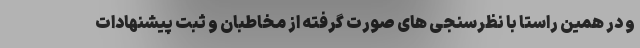
و در همین راستا با نظرسنجی های صورت گرفته از مخاطبان و ثبت پیشنهادات